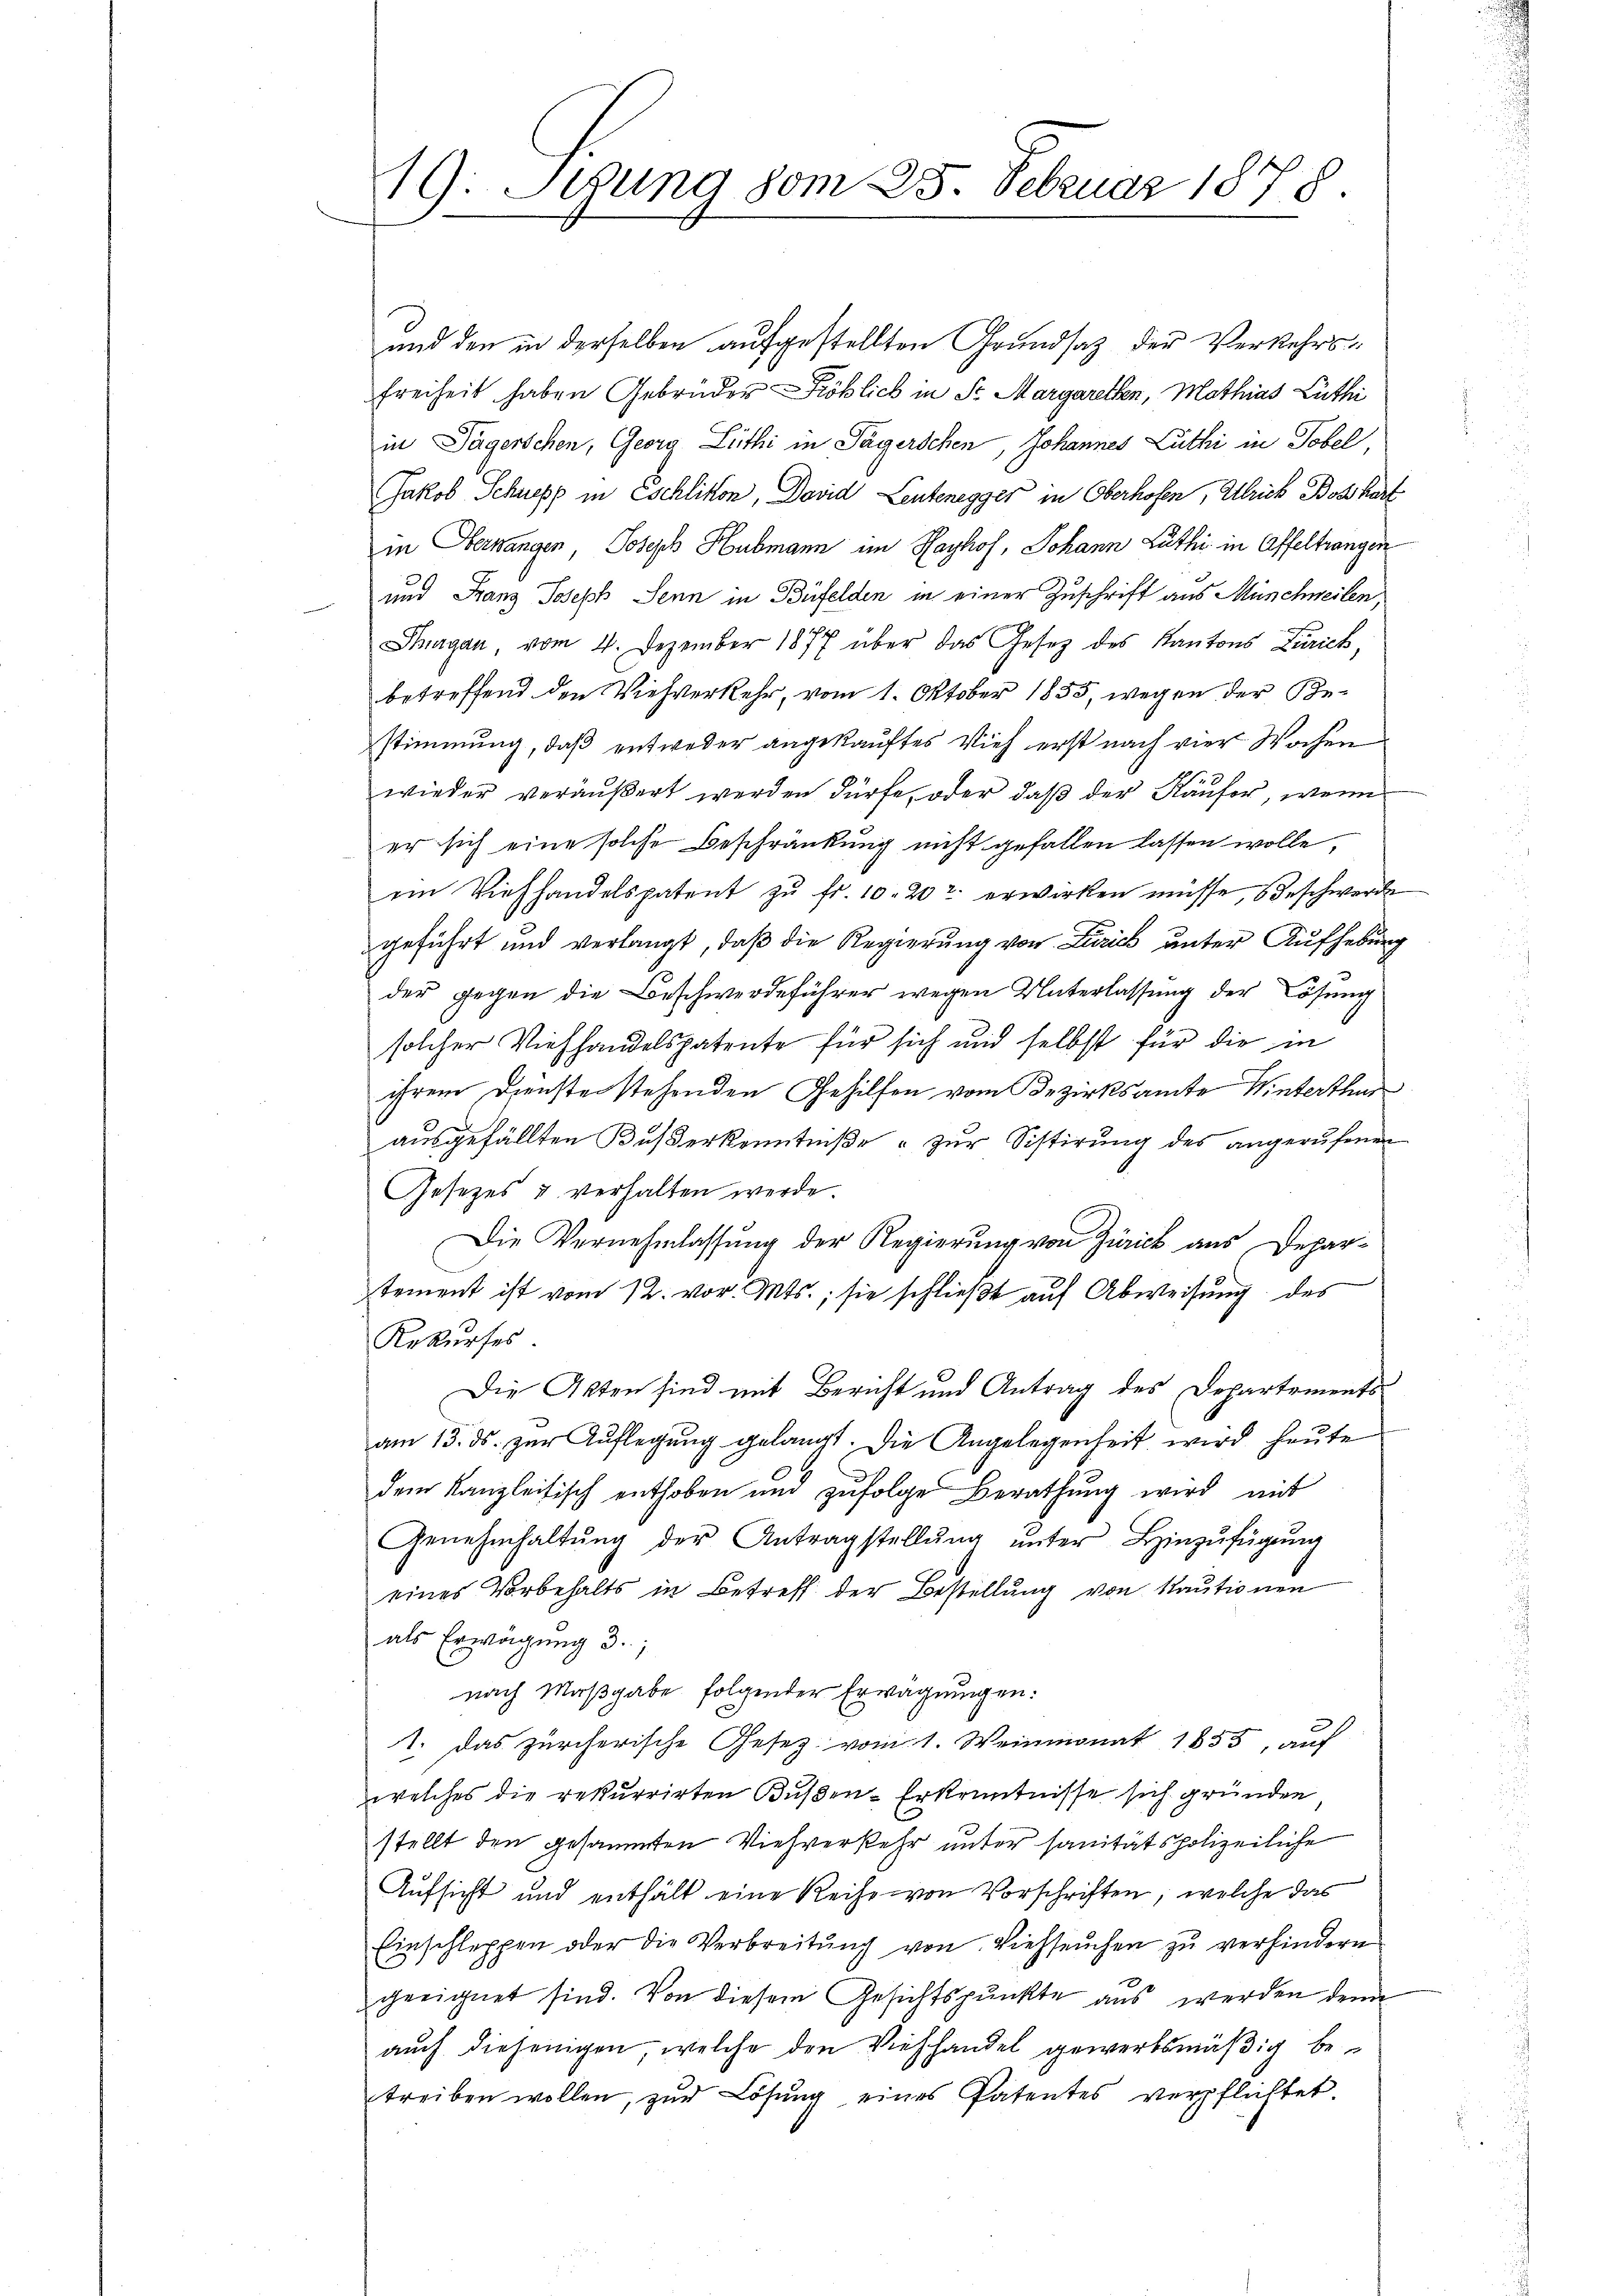
19. Seung vom 25. Februar 1878.

und den in derselben aufgestellten Grundsaz der Verkehrs¬
Freiheit haben Gebrüder Fröblich in Sr. Margarethen, Mathias Lüthi
in Jägerschen, Georg Lüthi in Tägerschen, Johannes Luthi in Tobel
Jakob Schnepp in Eschlikon, David Leutenegger in Oberhofen, Alrich Boßharf
in Oberwangen Joseph Hubmann im Hayhof, Johann Luthe in Affeltrangen
und Franz Joseph Senn in Büfelden in einer Zuschrift aus Münchweilen,
Thurgau vom 4. Dezember 1877 über das Gesetz des Kantons Zürich,
betreffend den Viehverkehr, vom 1. Oktober 1855, wegen der Bestimmung, daß entweder angekauftes Vieh erst nach vier Wochen
wieder veräußert werden dürfe, oder daß der Käufer, wenn
er sich eine solche Beschränkung nicht gefallen lassen wolle,
im Viehhandelspatent zŭ fr. 10. 202 erwirken müsse, beschwerde
geführt und verlangt, daß die Regierung von Zürich unter Aufhebung
der gegen die Beschwerdeführer wegen Unterlassung der Lösung
solcher Viehhandelspatente für sich und selbst für die in
ihrem Dienste stehenden Gehilfen vom Bezirksamte Winterthur
ausgefällten Baßerkenntniße - zur Sistirung des angerufenen
Gesetzes & verhalten werde.
Die Vernehmlassung der Regierung von Zürick aus Depar-
stement ist vom 12. vor. Mts., sie schlieβt auf Abweisung des
Rekurses
Die Akten sind mit Bericht und Antrag des Departements
am 15. ds. zur Auflegung gelangt. Die Angelegenheit wird heute
dem Kanzleitisch enthoben und zufolge Berathung wird mit
Genehmhaltŭng der Antragstellŭng ŭnter Hinzŭfügŭng
eines Vorbehalts in Betreff der Bestellung von Kautionen
als Erwägung 3.,
nach Maßgabe folgender Erwägungen:
1. Das zürcherische Gesetz vom 1. Weinmonat 1855, auf
welches die rekurrirten Bußen-Erkenntnisse sich gründen
stellt den gesammten Viehverkehr unter sanitätspolizeiliche
Aufsicht und enthält eine Reihe von Vorschriften, welche das
Einschleppen oder die Verbreitŭng von Viehseuchen zŭ verhindern
geeignet sind. Von diesem Gesichtspunkte aus werden denn
auch diejenigen, welche den Viehhandel gewerbsmäßig betreiben wollen, zur Lösung eines Patentes verpflichtet.